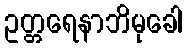
ဥတ္တရေနာဘိမုခေါ